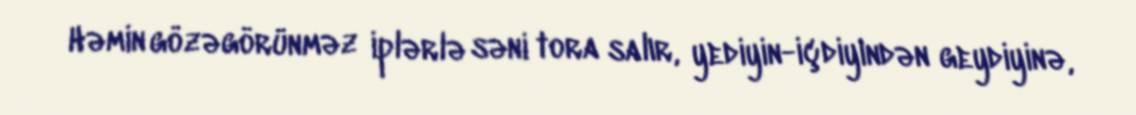
Həmin gözəgörünməz iplərlə səni tora salır, yediyin-içdiyindən geydiyinə,